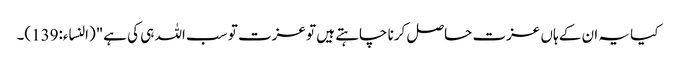
کیا یہ ان کے ہاں عزت حاصل کرنا چاہتے ہیں تو عزت تو سب اللہ ہی کی ہے"(النساء:139)۔